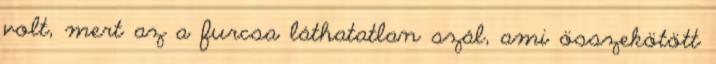
volt, mert az a furcsa láthatatlan szál, ami összekötött